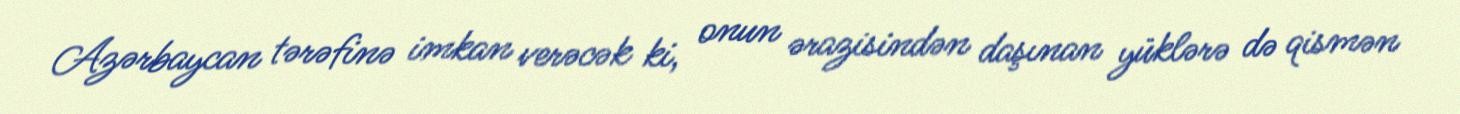
Azərbaycan tərəfinə imkan verəcək ki, onun ərazisindən daşınan yüklərə də qismən